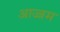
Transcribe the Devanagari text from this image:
आज्जम